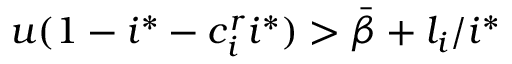
u ( 1 - i ^ { * } - c _ { i } ^ { r } i ^ { * } ) > \bar { \beta } + l _ { i } / { i ^ { * } }